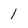
Character: 1